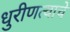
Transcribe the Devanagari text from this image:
धुरीणत्वाचे